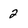
Character: 2